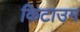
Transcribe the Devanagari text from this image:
किटाउम